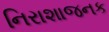
નિરાશાજનક